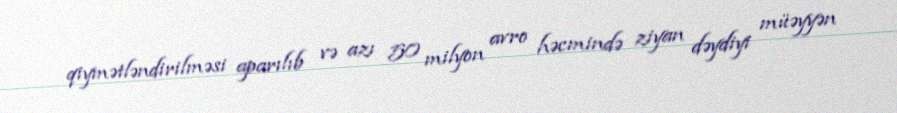
qiymətləndirilməsi aparılıb və azı 50 milyon avro həcmində ziyan dəydiyi müəyyən